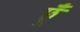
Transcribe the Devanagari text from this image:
छूँ